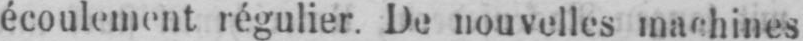
écoulement régulier. De nouvelles machines